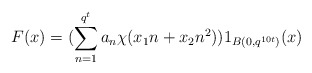
\begin{align*}F(x) = (\sum_{n = 1}^{q^t}a_{n}\chi(x_1 n + x_{2}n^2))1_{B(0, q^{10t})}(x)\end{align*}